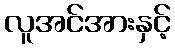
လူအင်အားနှင့်